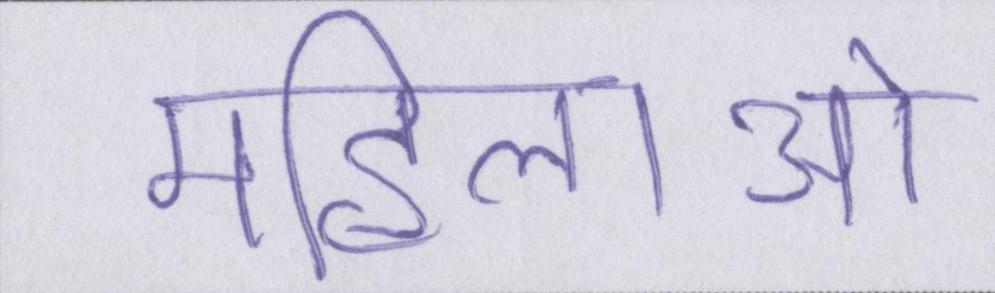
महिलाओ